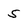
Character: 5